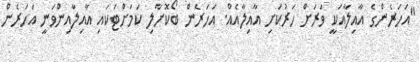
"އަހަރެންގެ އާއިލާއަކީ ވަރަށް ހަރުކަށި އާއިލާއެއް. އަހަރެން ބޯކޮށާލި ކަމަށްޓަކައި އާއިލާއިންވަނީ އަހަރެން